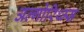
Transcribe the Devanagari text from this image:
अल्गोरिथ्म्स